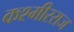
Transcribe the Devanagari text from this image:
कश्मीरराज